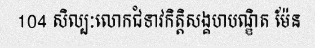
104 សិល្បៈលោកជំទាវកិត្តិសង្គហបណ្ឌិត ម៉ែន